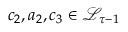
c _ { 2 } , a _ { 2 } , c _ { 3 } \in \mathcal { L } _ { \tau - 1 }